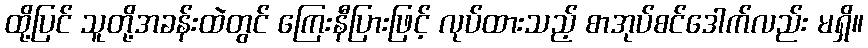
ထို့ပြင် သူတို့အခန်းထဲတွင် ကြေးနီပြားဖြင့် လုပ်ထားသည့် စာအုပ်စင်ဒေါက်လည်း မရှိ။